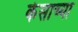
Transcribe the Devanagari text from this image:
केसाच्या